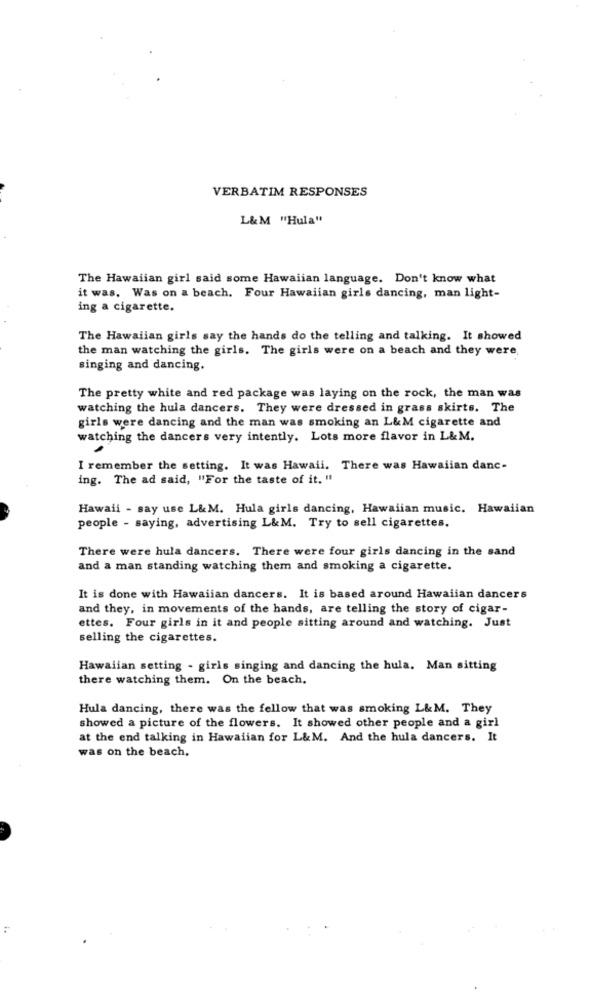
VERBATIM RESPONSES
L&M "Hula"
The Hawaiian girl said some Hawaiian language. Don't know what
it was. Was on a beach. Four Hawaiian girls dancing, man light-
ing a cigarette.
The Hawaiian girls say the hands do the telling and talking. It showed
the man watching the girls. The girls were on a beach and they were
singing and dancing.
The pretty white and red package was laying on the rock, the man was
watching the hula dancers. They were dressed in grass skirts. The
girls were dancing and the man was smoking an L&M cigarette and
watching the dancers very intently. Lots more flavor in L& M.
I remember the setting. It was Hawaii. There was Hawaiian danc-
ing. The ad said, "For the taste of it, "
Hawaii - say use L&M. Hula girls dancing, Hawaiian music. Hawaiian
people - saying, advertising L&M. Try to sell cigarettes.
There were hula dancers. There were four girls dancing in the sand
and a man standing watching them and smoking a cigarette.
It is done with Hawaiian dancers. It is based around Hawaiian dancers
and they, in movements of the hands, are telling the story of cigar-
ettes. Four girls in it and people sitting around and watching. Just
selling the cigarettes.
Hawaiian setting - girls singing and dancing the hula. Man sitting
there watching them. On the beach.
Hula dancing, there was the fellow that was smoking L&M. They
showed a picture of the flowers. It showed other people and a girl
at the end talking in Hawaiian for L&M. And the hula dancers. It
was on the beach.